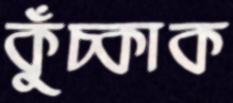
কুঁচ্‌কাক